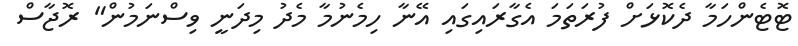
ޓޮޓެންހަމާ ދެކޮޅަށް ފުރަތަމަ އެގާރައިގައި އޭނާ ހިމެނުމާ މެދު މިދަނީ ވިސްނަމުން" ރޮޖާސް